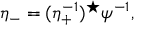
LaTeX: \eta _ { - } = ( \eta _ { + } ^ { - 1 } ) ^ { \star } \psi ^ { - 1 } ,